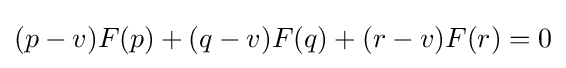
(p-v)F(p)+(q-v)F(q)+(r-v)F(r)=0